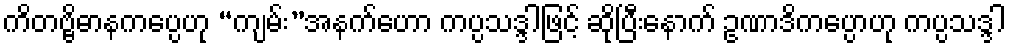
ကိတဗ္ဗိဓာနကပ္ပေဟု “ကျမ်း”အနက်ဟော ကပ္ပသဒ္ဒါဖြင့် ဆိုပြီးနောက် ဥဏာဒိကပ္ပောဟု ကပ္ပသဒ္ဒါ